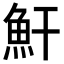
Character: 𩵟